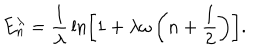
E _ { n } ^ { \lambda } = { \frac { 1 } { \lambda } } \ln \left[ 1 + \lambda \omega \left( n + { \frac { 1 } { 2 } } \right) \right] .